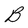
Character: B